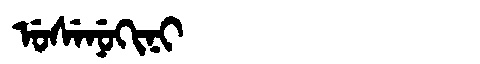
Manchu: ᡠᠰᡝᠨᡠᡴᡳᠨᡳ
Romanization: USENUKINI